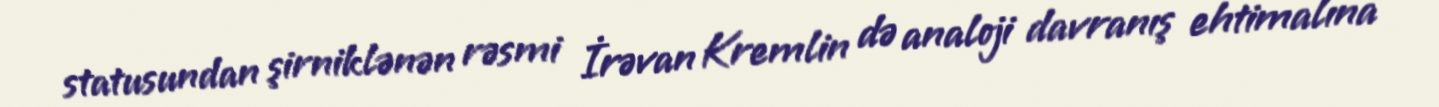
statusundan şirniklənən rəsmi İrəvan Kremlin də analoji davranış ehtimalına